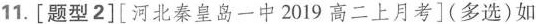
11.[题型2][河北秦皇岛一中2019高二上月考](多选)如